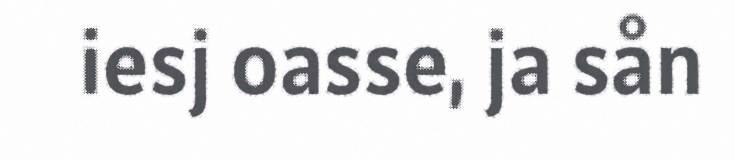
iesj oasse, ja sån